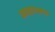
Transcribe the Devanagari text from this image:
आहाररूप